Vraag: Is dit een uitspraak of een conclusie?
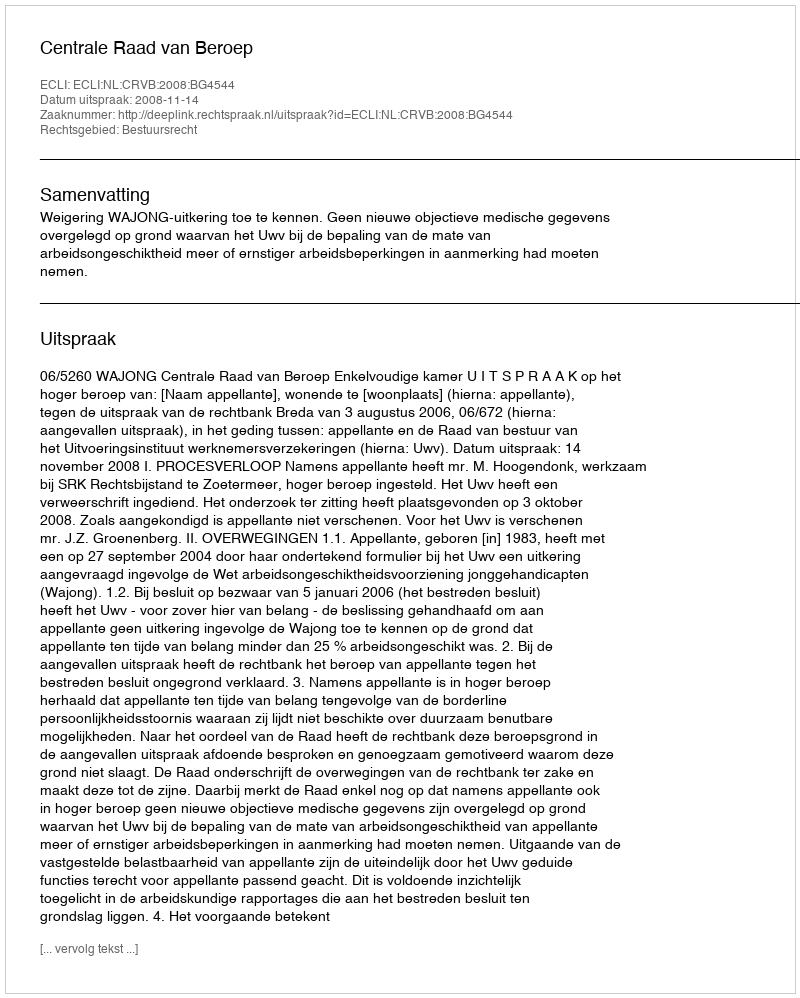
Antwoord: Uitspraak